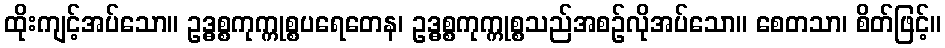
ထိုးကျင့်အပ်သော။ ဥဒ္ဓစ္စကုက္ကုစ္စပရေတေန၊ ဥဒ္ဓစ္စကုက္ကုစ္စသည်အစဉ်လိုအပ်သော။ စေတသာ၊ စိတ်ဖြင့်။